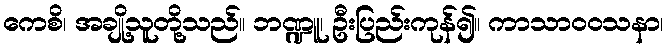
ကေစိ၊ အချို့သူတို့သည်။ ဘဏ္ဍူ၊ ဦးပြည်းကုန်၍။ ကာသာဝဝသနာ၊